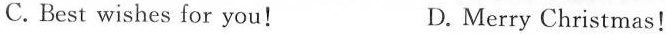
C. Best wishes for you! D. Merry Christmas!